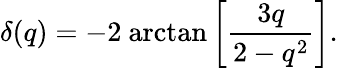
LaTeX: \delta(q)=-2~\mathrm{arctan}\left[\frac{3q}{2-q^{2}}\right].